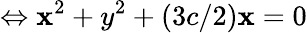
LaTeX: \Leftrightarrow\mathbf{x}^{2}+y^{2}+(3c/2)\mathbf{x}=0